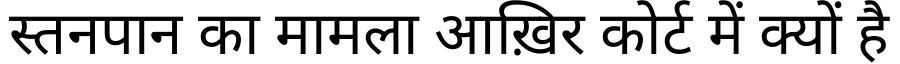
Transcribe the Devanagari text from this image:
स्तनपान का मामला आख़िर कोर्ट में क्यों है